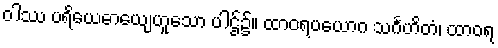
ဝါဿ ပရိယေဓာယျေဟူသော ပါဌ်၌။ ထာဝရပယောဂ သင်္ဂဟိတံ၊ ထာဝရ